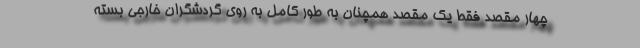
چهار مقصد فقط یک مقصد همچنان به طور کامل به روی گردشگران خارجی بسته